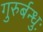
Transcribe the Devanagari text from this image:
गुरुर्बन्धुः